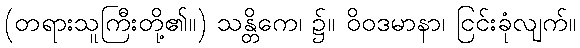
(တရားသူကြီးတို့၏။) သန္တိကေ၊ ၌။ ဝိဝဒမာနာ၊ ငြင်းခုံလျက်။